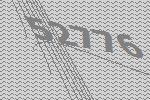
52776